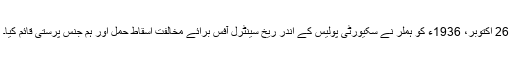
26 اکتوبر، 1936ء کو ہملر نے سکیورٹی پولیس کے اندر ریخ سینٹرل آفس برائے مخالفت اسقاط حمل اور ہم جنس پرستی قائم کیا۔